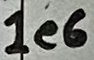
Text: 1e6